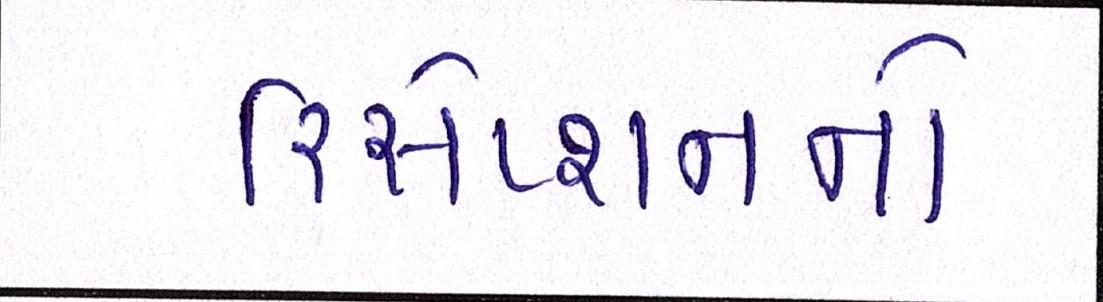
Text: રિસેપ્શનનો